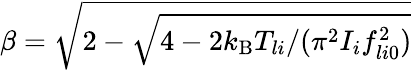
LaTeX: \beta=\sqrt{2-\sqrt{4-2k_{\mathrm{B}}T_{li}/(\pi^{2}I_{i}f_{li0}^{2})}}